Papers set at the Examination for Leaving Certificates, 1890
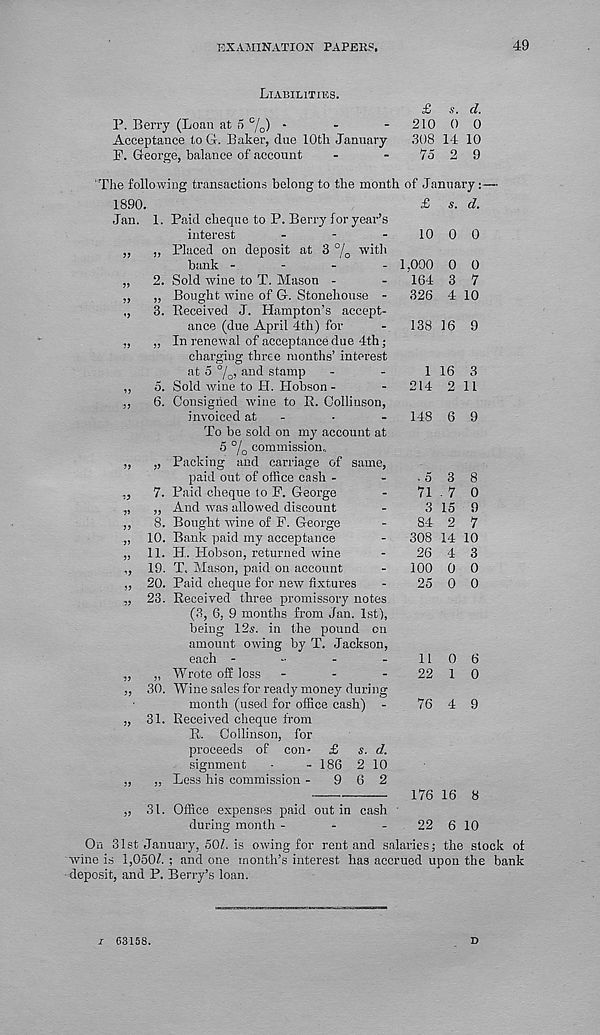
EXAMINATION PAPER?.
49
Liabilities.
P. Berry (Loan at o %) ‘
Acceptance to G. Baker, due 10th January
F. George, balance of account
£ *.
210 0
308 14
7o 2
d.
0
10
9
'The following transactions belong to the month of January
1890.
Jan. 1. Paid cheque to P. Berry for year’s
interest
.
-
.
„ ,, Placed on deposit at 3 °/ 0 with
bank -
-
-
-
„ 2. Sold wine to T. Mason -
,, „ Bought wine of G. Stonehouse -
,, 3. Received J. Hampton’s accept-
ance (due April 4th) for
,, „ In renewal of acceptance due 4th;
charging three months’ interest
at 5 °/ 0 , and stamp
,, 3. Sold wine to H. Hobson -
,, 6. Consigned wine to R. Colliuson,
invoiced at -
To be sold on my account at
5 % commission..
„ „ Packing and carriage of same,
paid out of office cash -
„ 7. Paid cheque to F. George
„ „ And was allowed discount
.,, 8. Bought wine of F. George
„ 10. Bank paid my acceptance
„ 11. H. Hobson, returned wine
,, 19. T. Mason, paid on account
„ 20. Paid cheque for new fixtures
„ 23. Received three promissory notes
(3, 6, 9 mouths from Jan. 1st),
being 12s. in the pound on
amount owing by T. Jackson,
each -
-
-
-
„ „ Wrote off loss -
-
-
,, 30. Wine sales for ready money during
month (used for office cash) -
„ 31. Received cheque from
R. Collinson, for
proceeds of con - £ s. d.
signment
-
- 186 2 10
., „ Less his commission - 9 6 2
31. Office expenses paid
during month -
£ s. d.
10 0 0
out in cash
1.090
164
326
1
214
• o
71
3
84
308
26
100
25
11
22
O
7
10
138 16 9
16
2
3
11
148 6 9
3
- 7
15
2
14
4
0
0
8
0
9
7
10
3
0
0
76 4 9
176 16 8
-
22 6 10
On 31st January, 50Z. is owing for rent and salaries; the slock of
1,050Z. ; and one month’s interest has accrued upon the bank
wine is i,U5UI. ; and one month’s interest,
deposit, and P. Berry’s loan.
i 63158.
D